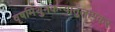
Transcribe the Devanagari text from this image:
वृषमिथुनकन्यातुलामकर